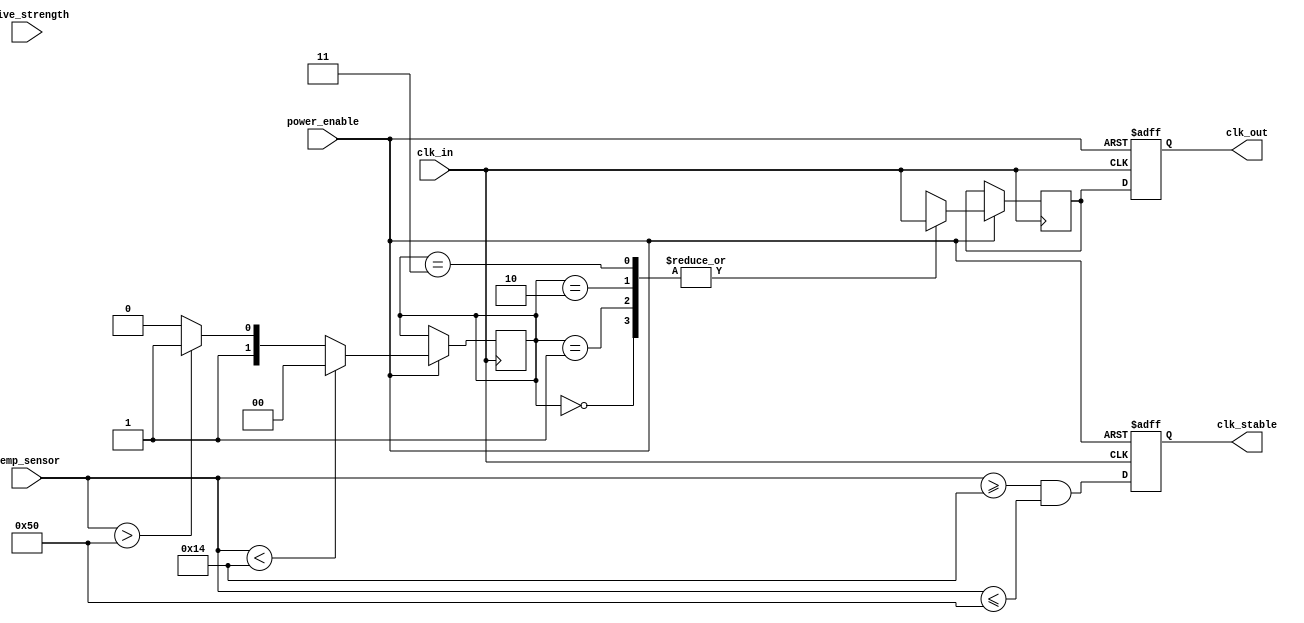
module TempCompClockBuffer (
    input wire clk_in,                // Input clock
    input wire [7:0] temp_sensor,     // Temperature sensor input (8-bit digital)
    input wire [1:0] drive_strength,   // Drive strength control
    input wire power_enable,           // Power management control
    output reg clk_out,                // Buffered clock output
    output reg clk_stable              // Clock stability indicator
);

    // Parameters for delay adjustment based on temperature
    parameter TEMP_THRESHOLD_LOW = 8'd20;  // Example low threshold
    parameter TEMP_THRESHOLD_HIGH = 8'd80; // Example high threshold
    parameter DELAY_ADJUSTMENT = 2;         // Example delay adjustment value

    // Internal signals
    reg [1:0] delay_setting;               // Delay setting based on temperature
    reg clk_buffer;                         // Internal buffered clock signal

    // Clock buffering process
    always @(posedge clk_in or negedge power_enable) begin
        if (!power_enable) begin
            clk_out <= 1'b0;                // Power down state
            clk_stable <= 1'b0;             // Clock unstable in power down
        end else begin
            // Temperature compensation logic
            if (temp_sensor < TEMP_THRESHOLD_LOW) begin
                delay_setting <= 2'b00;      // Minimum delay
            end else if (temp_sensor > TEMP_THRESHOLD_HIGH) begin
                delay_setting <= 2'b11;      // Maximum delay
            end else begin
                delay_setting <= DELAY_ADJUSTMENT; // Adjust delay based on temp
            end

            // Clock buffering with delay adjustment
            case (delay_setting)
                2'b00: clk_buffer <= clk_in; // No delay
                2'b01: clk_buffer <= #1 clk_in; // 1 time unit delay
                2'b10: clk_buffer <= #2 clk_in; // 2 time units delay
                2'b11: clk_buffer <= #3 clk_in; // 3 time units delay
                default: clk_buffer <= clk_in; // Default case
            endcase

            // Output clock signal with configurable drive strength
            clk_out <= clk_buffer;

            // Stability indicator (simple example)
            clk_stable <= (temp_sensor >= TEMP_THRESHOLD_LOW && temp_sensor <= TEMP_THRESHOLD_HIGH);
        end
    end

endmodule